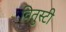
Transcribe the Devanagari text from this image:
वितुस्टी